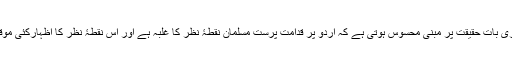
مجھے اپنے مشاہدے کی روشنی میں ان کی یہ مرکزی بات حقیقت پر مبنی محسوس ہوتی ہے کہ اُردو پر قدامت پرست مسلمان نقطۂ نظر کا غلبہ ہے اور اس نقطۂ نظر کا اظہارکئی موقعوں پر خاصا پُرتشدد اور غیرروادارانہ ہو سکتا ہے۔